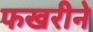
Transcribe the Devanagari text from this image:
फखरीने